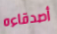
أصدقاءه